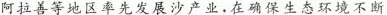
阿拉善等地区率先发展沙产业。在确保生态环境不断